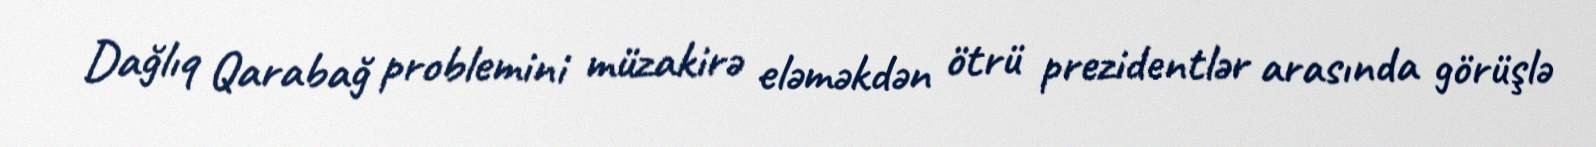
Dağlıq Qarabağ problemini müzakirə eləməkdən ötrü prezidentlər arasında görüşlə